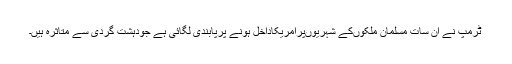
ٹرمپ نے ان سات مسلمان ملکوںکے شہریوںپرامریکاداخل ہونے پرپابندی لگائی ہے جودہشت گردی سے متاثرہ ہیں۔